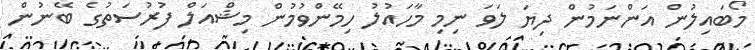
މޯބައިލުން އަންނަމުން ދިޔަ ލަވަ ނިމި މާހައުލު ހިމޭންވުމުން މިޝްއަލް ފުރުސަތުގެ ބޭނުން